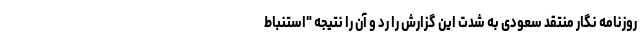
روزنامه نگار منتقد سعودی به شدت این گزارش را رد و آن را نتیجه "استنباط